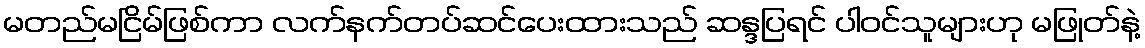
မတည်မငြိမ်ဖြစ်ကာ လက်နက်တပ်ဆင်ပေးထားသည် ဆန္ဒပြရင် ပါဝင်သူများဟု မဖြုတ်နဲ့